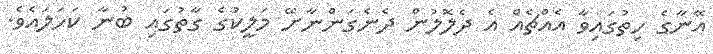
އޭނާގެ ހިތުގައިވާ އެއްޗެއް އެ ދެލޮލުން ދެނެގަންނާށޭ މަލީކުގެ ގާތުގައި ބުނާ ކަހަލައެވެ.